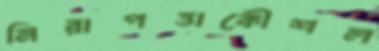
নিরাপত্তাকৌশল